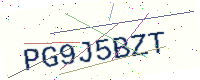
Text: PG9J5BZT